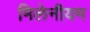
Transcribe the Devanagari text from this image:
मिलेनीयम